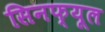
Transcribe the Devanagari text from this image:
सिनफ्यूल